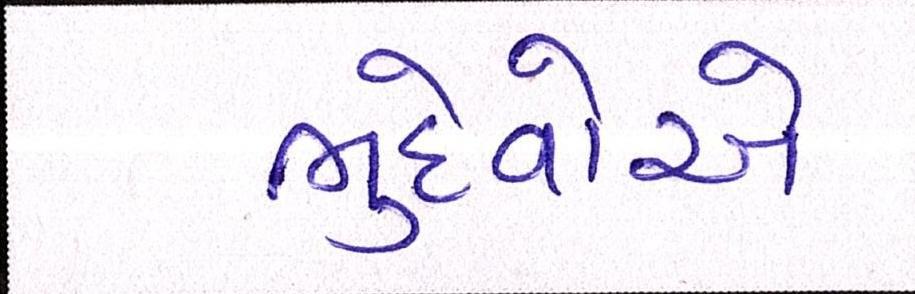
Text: ભુદેવોએ